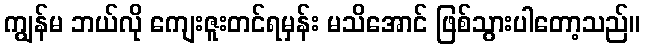
ကျွန်မ ဘယ်လို ကျေးဇူးတင်ရမှန်း မသိအောင် ဖြစ်သွားပါတော့သည်။